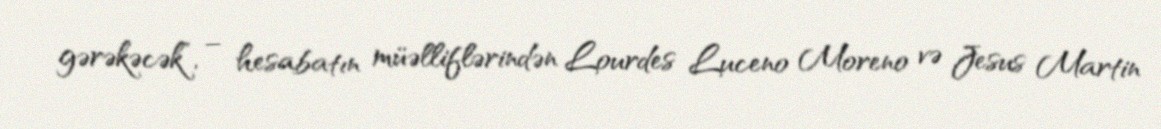
gərəkəcək”, – hesabatın müəlliflərindən Lourdes Luceno Moreno və Jesus Martin